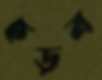
ছড়ব